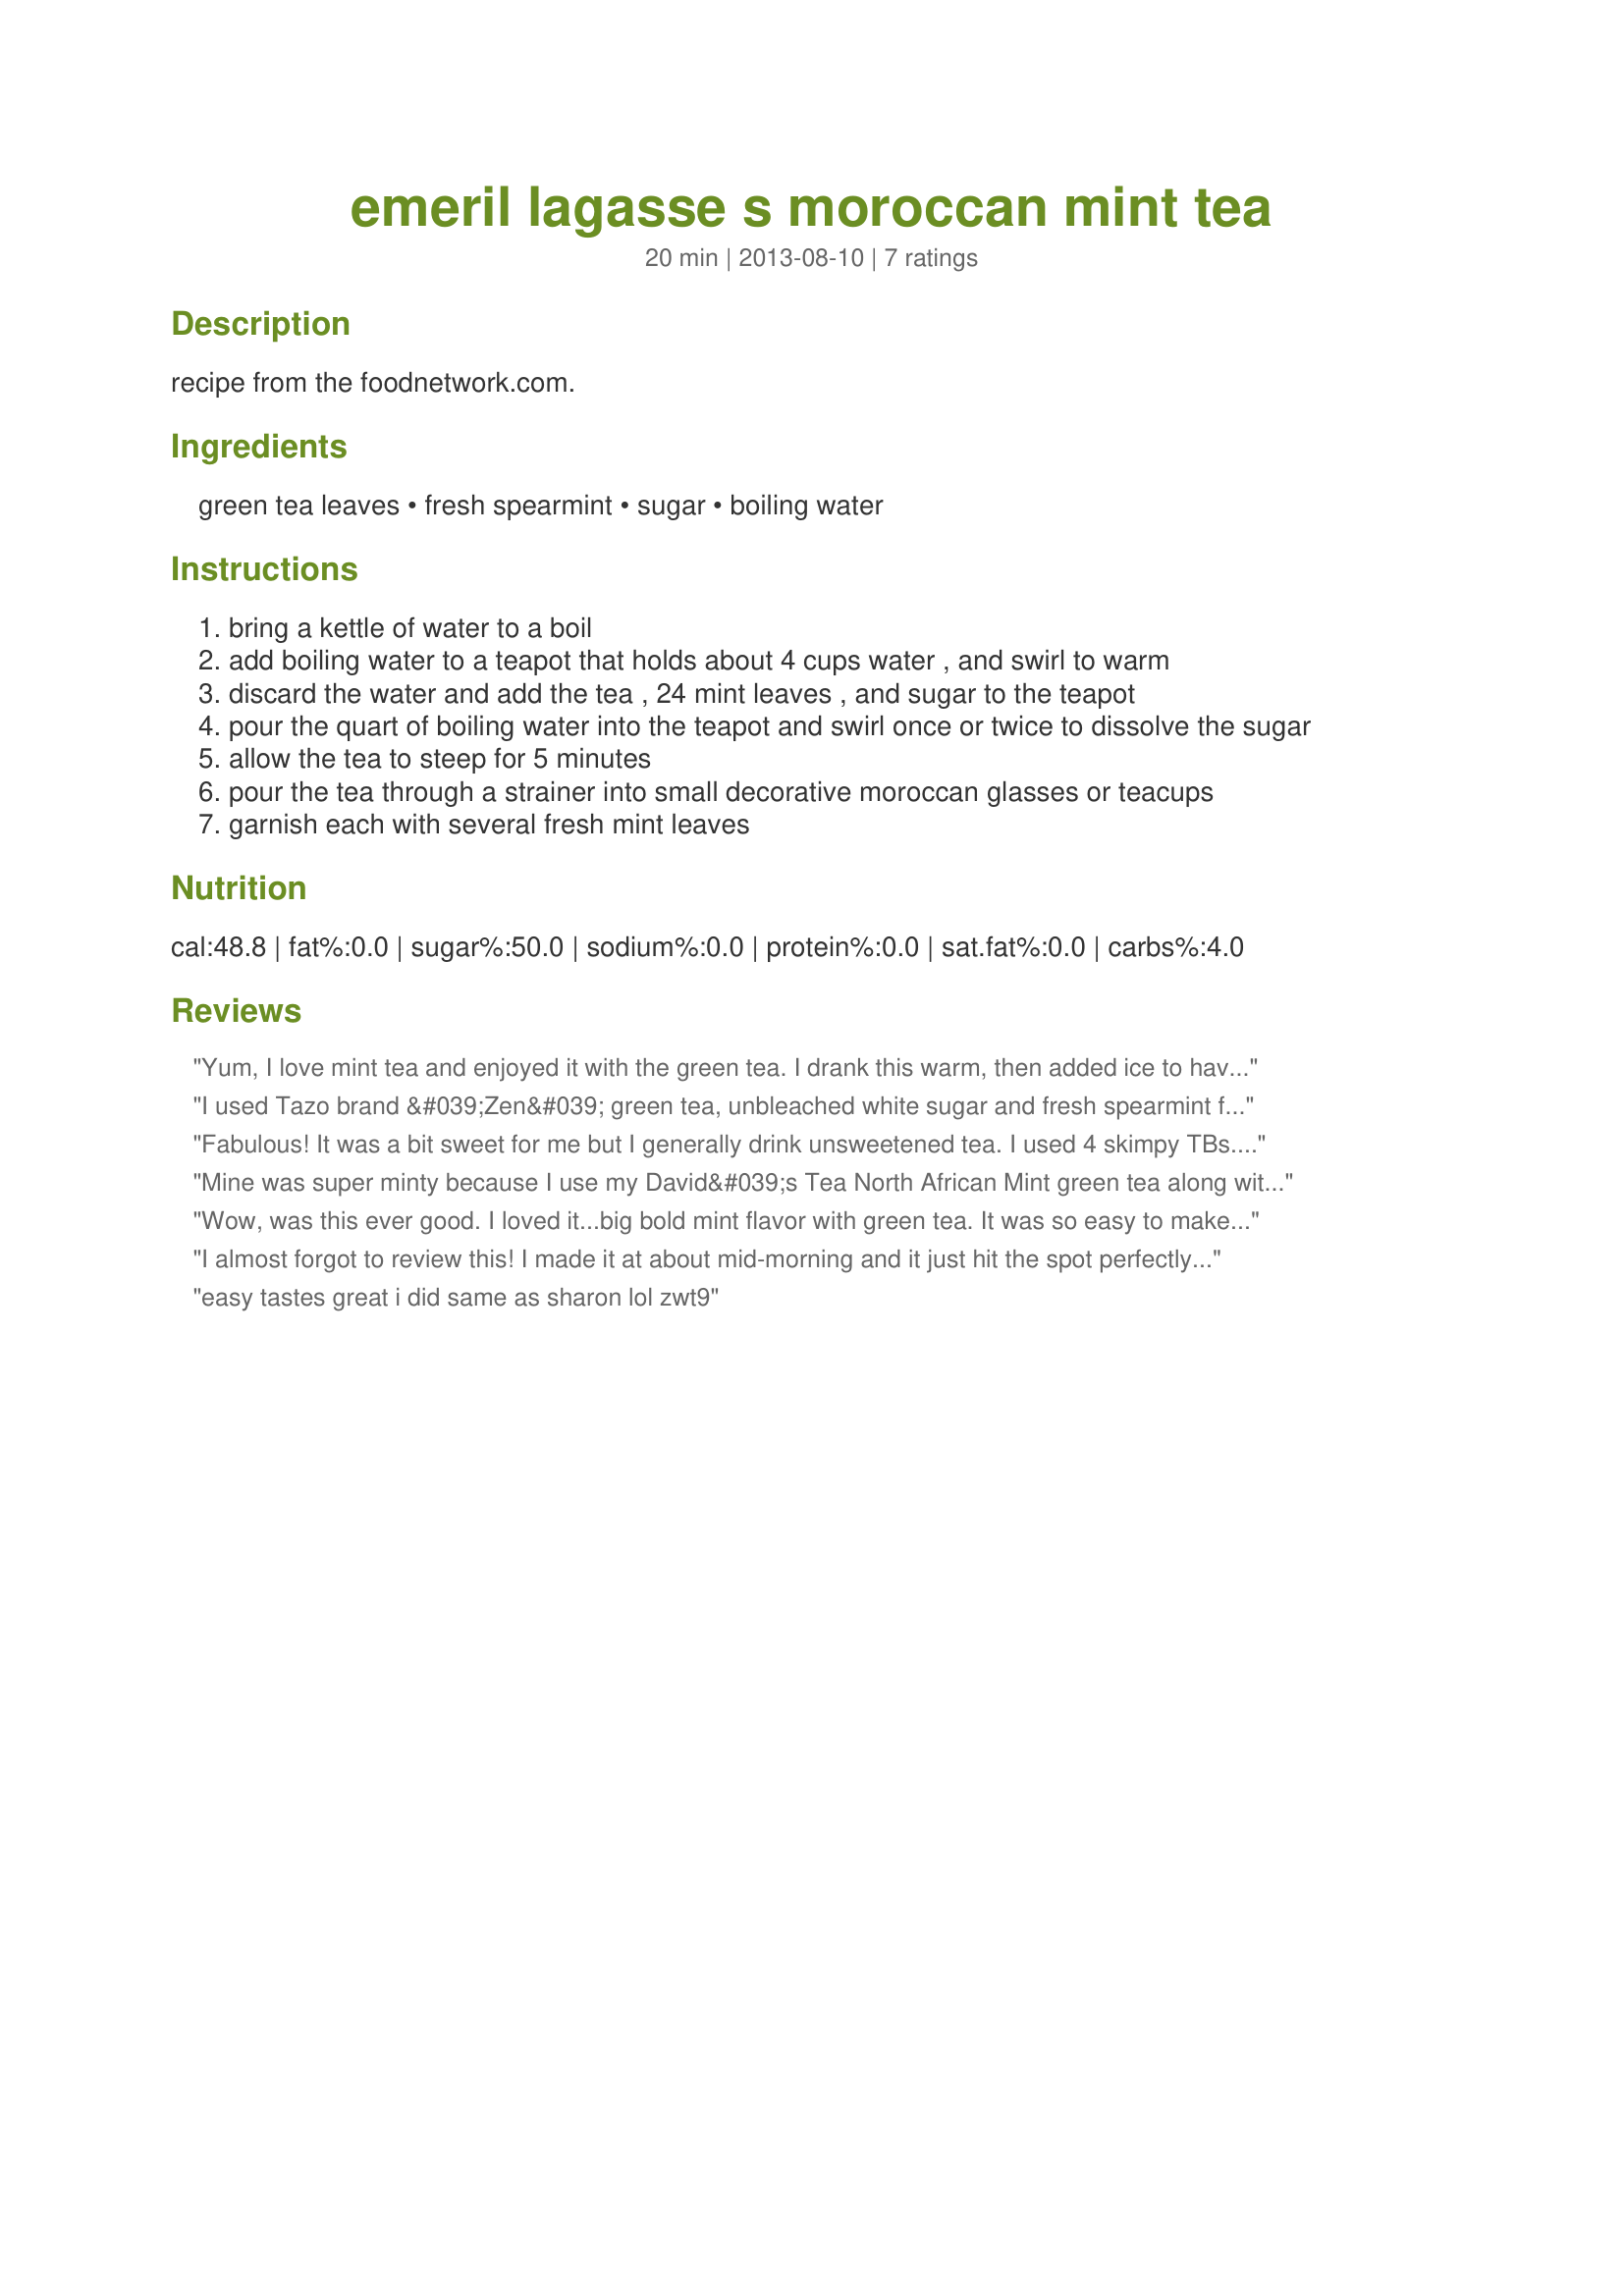
emeril lagasse s moroccan mint tea
Preparation time: 20 minutes

recipe from the foodnetwork.com.

Ingredients:
green tea leaves, fresh spearmint, sugar, boiling water

Steps:
bring a kettle of water to a boil
add boiling water to a teapot that holds about 4 cups water , and swirl to warm
discard the water and add the tea , 24 mint leaves , and sugar to the teapot
pour the quart of boiling water into the teapot and swirl once or twice to dissolve the sugar
allow the tea to steep for 5 minutes
pour the tea through a strainer into small decorative moroccan glasses or teacups
garnish each with several fresh mint leaves

Reviews:
Yum, I love mint tea and enjoyed it with the green tea. I drank this warm, then added ice to have cold later. Thanks! Made for ZWT 2013.
I used Tazo brand &#039;Zen&#039; green tea, unbleached white sugar and fresh spearmint from our garden! This method of brewing tea is identical to the way our friend from UK taught us to make proper English tea about ten years ago! The tea was served in my Fiestaware espresso cups. Made for Zingo/ZWT 9. Thank you!
Fabulous! It was a bit sweet for me but I generally drink unsweetened tea. I used 4 skimpy TBs. I added ice &amp; drank it cold. It was perfect that way! Made for ZWT9, Mike &amp; the Appliance Killers.
Mine was super minty because I use my David&#039;s Tea North African Mint green tea along with the mint leave! I knew I had nice breath after that! Made for ZWT 9.
Wow, was this ever good. I loved it...big bold mint flavor with green tea. It was so easy to make and tastes amazing. I will be making this quick and easy to make treat often. Made as written and wouldn't change a thing for What's on the Menu Tag Game.
I almost forgot to review this! I made it at about mid-morning and it just hit the spot perfectly. I very recently picked up a good supple of mint for our ZWT9 trip to Morocco/Tunisia. I used a bit of Splenda and fully enjoyed Morocco&#039;s national beverage.
easy tastes great i did same as sharon lol zwt9
